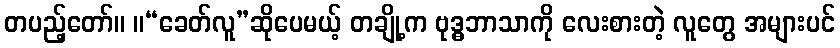
တပည့်တော်။ ။“ခေတ်လူ”ဆိုပေမယ့် တချို့က ဗုဒ္ဓဘာသာကို လေးစားတဲ့ လူတွေ အများပင်